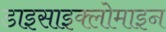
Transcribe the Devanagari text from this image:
डाइसाइक्लोमाइन